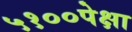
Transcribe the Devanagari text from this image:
५१००पेक्षा